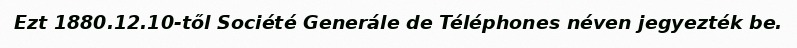
Ezt 1880.12.10-től Société Generále de Téléphones néven jegyezték be.